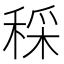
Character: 𥟩